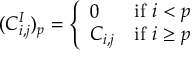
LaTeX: ( C _ { i , j } ^ { I } ) _ { p } = { \left\{ \begin{array} { l l } { 0 } & { { \mathrm { i f ~ } } i < p } \\ { C _ { i , j } } & { { \mathrm { i f ~ } } i \geq p } \end{array} \right. }